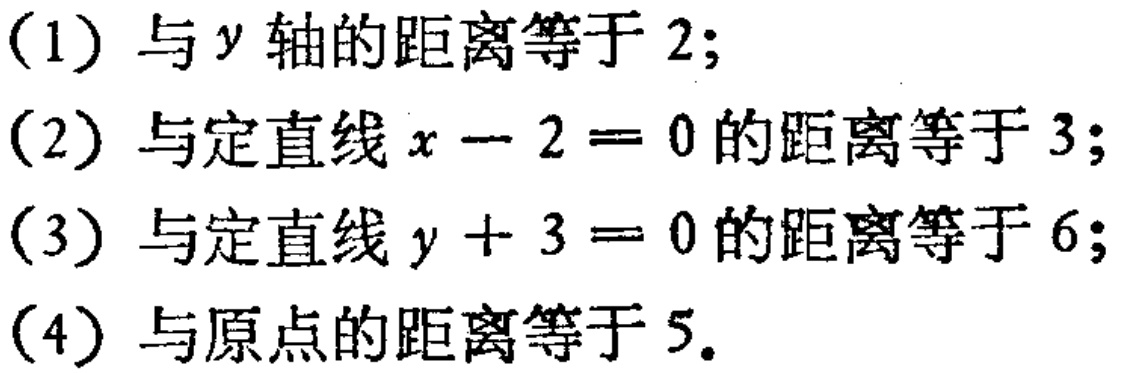
(1) 与 \(y\) 轴的距离等于 \(2\);
(2) 与定直线 \(x - 2 = 0\) 的距离等于 \(3\);
(3) 与定直线 \(y + 3 = 0\) 的距离等于 \(6\);
(4) 与原点的距离等于 \(5\).